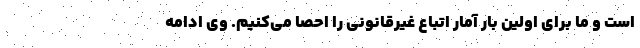
است و ما برای اولین بار آمار اتباع غیرقانونی را احصا می‌کنیم. وی ادامه